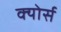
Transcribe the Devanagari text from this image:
क्योर्स